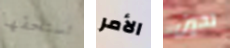
تستحقها الأمر تحين